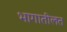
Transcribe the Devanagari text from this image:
भागातीलत